Report of the Imperial Institute of Veterinary Research, Muktesar
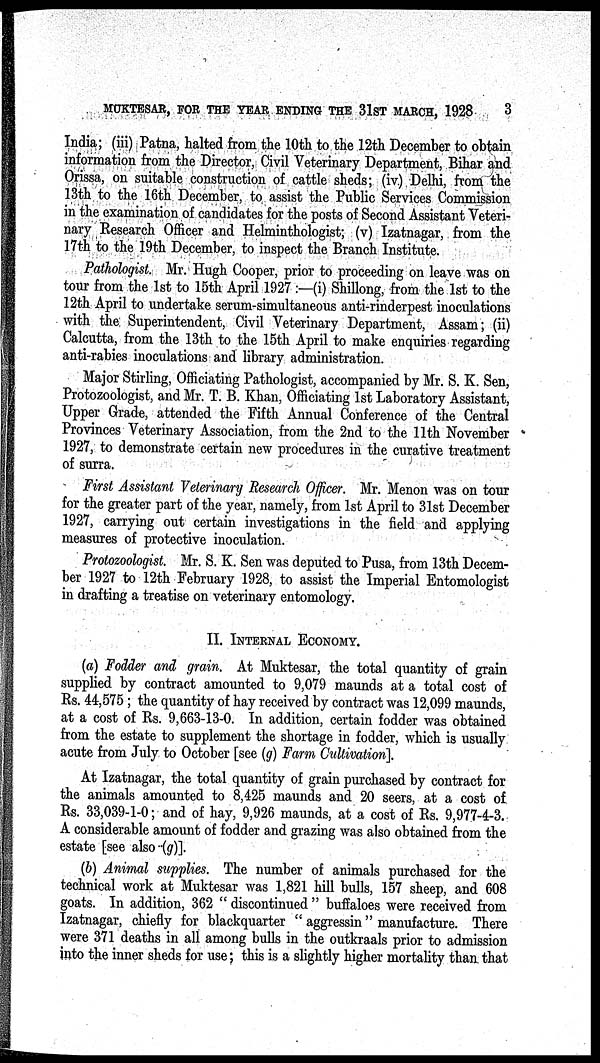
MUKTESAR, FOR THE YEAR ENDING THE 31ST MARCH, 1928
3
India; (iii) Patna, halted from the 10th to the 12th December to obtain
information from the Director, Civil Veterinary Department, Bihar and
Orissa, on suitable construction of cattle sheds; (iv.) Delhi, from the
13th to the 16th December, to assist the Public Services Commission
in the examination of candidates for the posts of Second Assistant Veteri-
nary Research Officer and Helminthologist; (v) Izatnagar, from the
17th to the 19th December, to inspect the Branch Institute.
Pathologist. Mr. Hugh Cooper, prior to proceeding on leave was on
tour from the 1st to 15th April 1927 :—(i) Shillong, from the 1st to the
12th April to undertake serum-simultaneous anti-rinderpest inoculations
with the Superintendent, Civil Veterinary Department, Assam; (ii)
Calcutta, from the 13th to the 15th April to make enquiries regarding
anti-rabies inoculations and library administration.
Major Stirling, Officiating Pathologist, accompanied by Mr. S. K. Sen,
Protozoologist, and Mr. T. B. Khan, Officiating 1st Laboratory Assistant,
Upper Grade, attended the Fifth Annual Conference of the Central
Provinces Veterinary Association, from the 2nd to the 11th November
1927, to demonstrate certain new procedures in the curative treatment
of surra.
First Assistant Veterinary Research Officer. Mr. Menon was on tour
for the greater part of the year, namely, from 1st April to 31st December
1927, carrying out certain investigations in the field and applying
measures of protective inoculation.
Protozoologist. Mr. S. K. Sen was deputed to Pusa, from 13th Decem-
ber 1927 to 12th February 1928, to assist the Imperial Entomologist
in drafting a treatise on veterinary entomology.
II. INTERNAL ECONOMY.
(a) Fodder and grain. At Muktesar, the total quantity of grain
supplied by contract amounted to 9,079 maunds at a total cost of
Rs. 44,575; the quantity of hay received by contract was 12,099 maunds,
at a cost of Rs. 9,663-13-0. In addition, certain fodder was obtained
from the estate to supplement the shortage in fodder, which is usually
acute from July to October [see (g) Farm Cultivation].
At Izatnagar, the total quantity of grain purchased by contract for
the animals amounted to 8,425 maunds and 20 seers, at a cost of
Rs. 33,039-1-0; and of hay, 9,926 maunds, at a cost of Rs. 9,977-4-3.
A considerable amount of fodder and grazing was also obtained from the
estate [see also..(g)].
(b) Animal supplies. The number of animals purchased for the
technical work at Muktesar was 1,821 hill bulls, 157 sheep, and 608
goats. In addition, 362 " discontinued " buffaloes were received from
Izatnagar, chiefly for blackquarter " aggressin" manufacture. There
were 371 deaths in all among bulls in the outkraals prior to admission
into the inner sheds for use; this is a slightly higher mortality than that